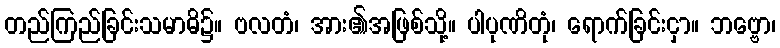
တည်ကြည်ခြင်းသမာဓိ၌။ ဗလတံ၊ အား၏အဖြစ်သို့။ ပါပုဏိတုံ၊ ရောက်ခြင်းငှာ။ ဘဗ္ဗော၊